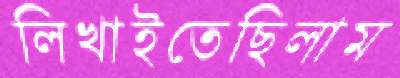
লিখাইতেছিলাম